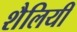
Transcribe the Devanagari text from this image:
शैलियीं